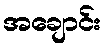
အချောင်း